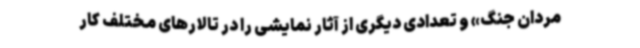
مردان جنگ» و تعدادی دیگری از آثار نمایشی را در تالارهای مختلف کار